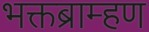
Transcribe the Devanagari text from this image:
भक्तब्राम्हण